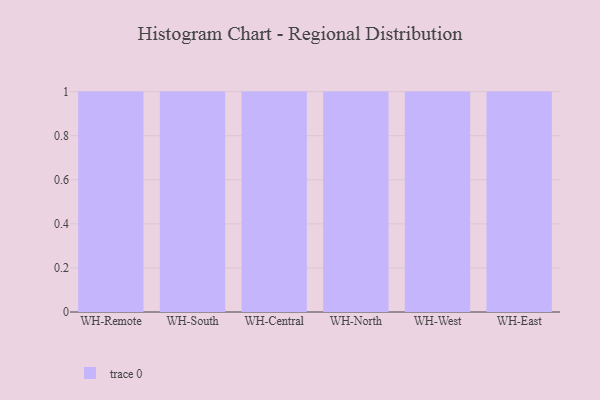
{"axis": {"x": "Warehouse", "y": "Gross Profit (USD K)"}, "legend": [""], "data": [{"x": "WH-Remote", "y": 42, "type": ""}, {"x": "WH-South", "y": 70, "type": ""}, {"x": "WH-Central", "y": 99, "type": ""}, {"x": "WH-North", "y": 93, "type": ""}, {"x": "WH-West", "y": 15, "type": ""}, {"x": "WH-East", "y": 26, "type": ""}]}